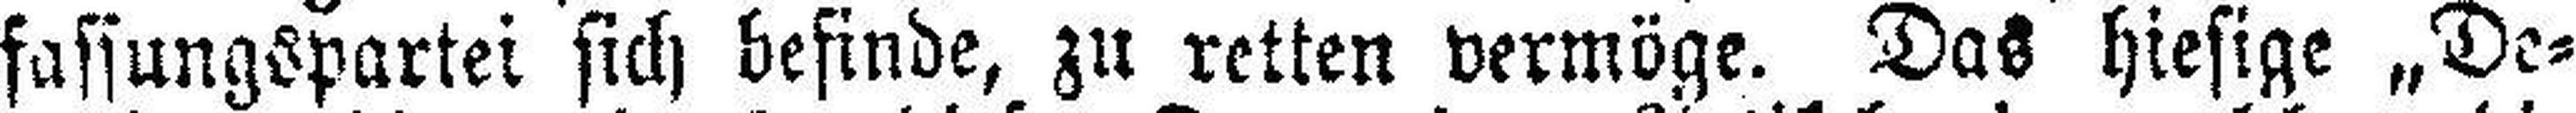
fassungspartei sich befinde, zu retten vermöge. Das hiesige „De¬